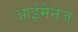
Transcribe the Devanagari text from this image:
आईमैनेज